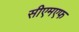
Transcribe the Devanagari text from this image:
सीएमएफ